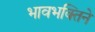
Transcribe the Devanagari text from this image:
भावभक्तिने